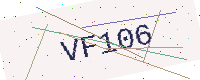
Text: VF106